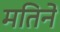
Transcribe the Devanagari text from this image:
मतिने